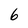
Character: 6